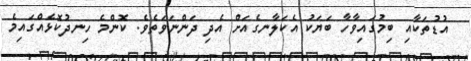
އުޑުތަކާއި ބިމުގައިވާހާ ބަޔަކު އެކަލާނގެއަށް އެދި ދަންނަވަތެވެ. ކޮންމެ ހިނދުކޮޅެއްގައިމެ